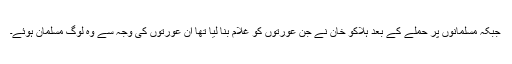
جبکہ مسلمانوں پر حملے کے بعد ہلاکو خان نے جن عورتوں کو غلام بنا لیا تھا ان عورتوں کی وجہ سے وہ لوگ مسلمان ہوئے۔